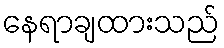
နေရာချထားသည်